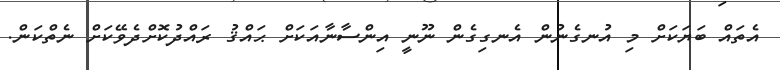
އެތައް ބަޔަކަށް މި އުނގެނުން އެނގިގެން ނޫނީ އިންސާނާއަކަށް ޙައްޤު ރައްދުކޮށްދެވޭކަށް ނެތްކަން.